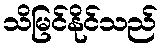
သိမြင်နိုင်သည်